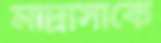
মাদ্রাসাকে